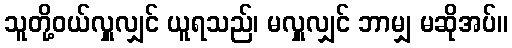
သူတို့ဝယ်လှူလျှင် ယူရသည်၊ မလှူလျှင် ဘာမျှ မဆိုအပ်။